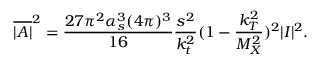
\overline { { { | { \cal A } | } } } ^ { 2 } = \frac { 2 7 \pi ^ { 2 } \alpha _ { s } ^ { 3 } ( 4 \pi ) ^ { 3 } } { 1 6 } \frac { s ^ { 2 } } { k _ { t } ^ { 2 } } ( 1 - \frac { k _ { T } ^ { 2 } } { M _ { X } ^ { 2 } } ) ^ { 2 } | { \cal I } | ^ { 2 } .